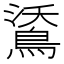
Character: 𪁕